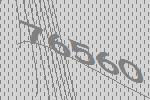
76560